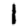
Digit: 1